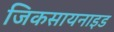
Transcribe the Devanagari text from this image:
जिकसायनाइड